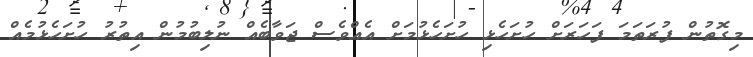
މިގޮތުން ފުރަތަމަ ފަހަރަށް ހުށަހެޅި ހުށަހެޅުމަށް އެއްވެސް ޖަވާބެއް ނުލިބުމުން އިތުރު ހުށަހެޅުމެއް